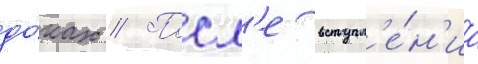
до́ках // Посл'е вступл'е́н'иа